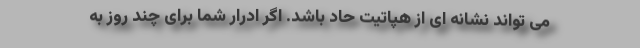
می تواند نشانه ای از هپاتیت حاد باشد. اگر ادرار شما برای چند روز به